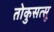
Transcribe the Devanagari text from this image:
तोकुसत्सू